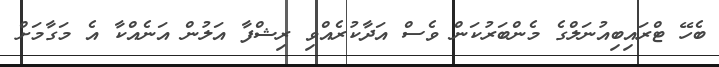
ބެހޭ ޓްރައިބިއުނަލްގެ މެންބަރުކަން ވެސް އަދާކުރެއްވި ރިޝްފާ އަލުން އަނެއްކާ އެ މަގާމަށް